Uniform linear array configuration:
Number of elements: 64
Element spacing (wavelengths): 0.5
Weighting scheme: hamming
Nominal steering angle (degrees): -60
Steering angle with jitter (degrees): -58.677
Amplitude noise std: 0.05
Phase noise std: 0.05

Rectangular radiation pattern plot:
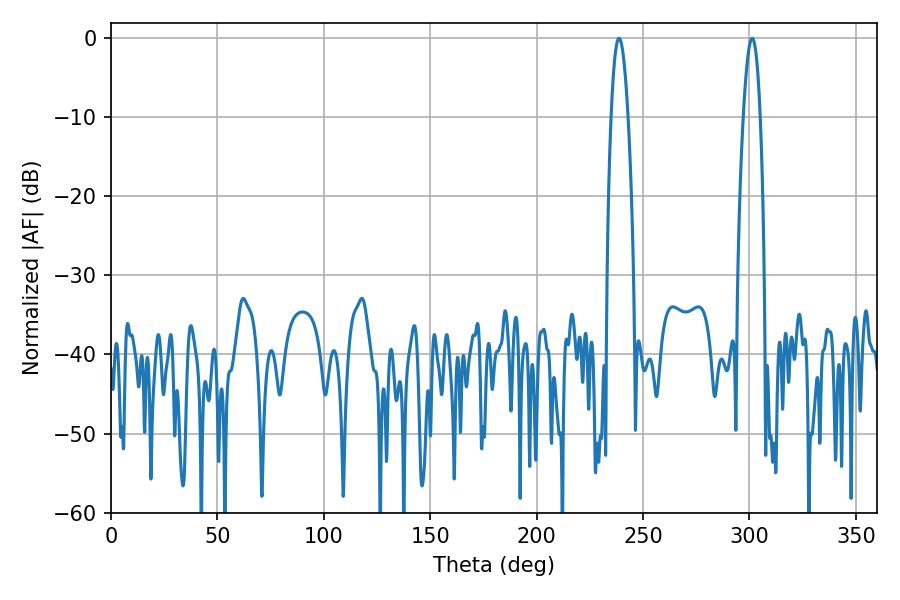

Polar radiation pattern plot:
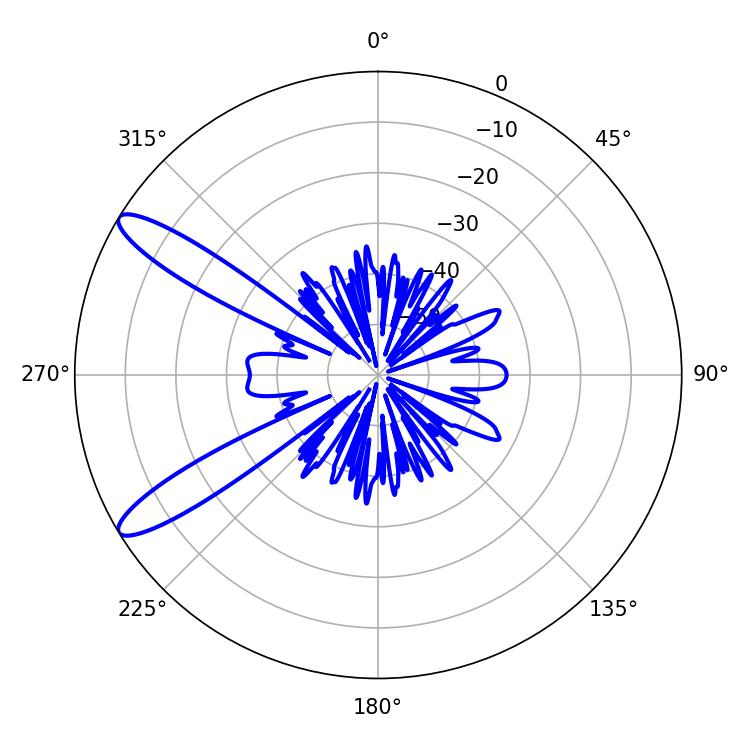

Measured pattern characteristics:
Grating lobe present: FALSE
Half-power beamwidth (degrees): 4.32
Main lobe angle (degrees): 238.68